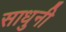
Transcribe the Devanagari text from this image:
साधुनी